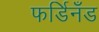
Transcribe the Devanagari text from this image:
फर्डिनँड